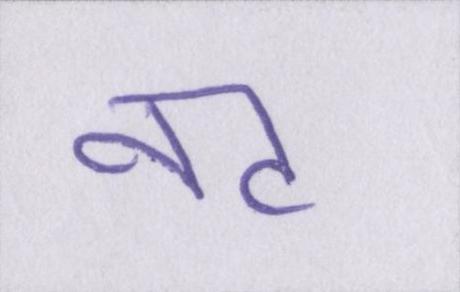
नट